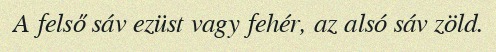
A felső sáv ezüst vagy fehér, az alsó sáv zöld.